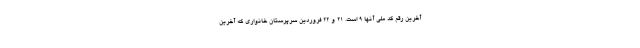
آخرین رقم کد ملی آنها ۹ است. ۲۱ و ۲۲ فروردین سرپرستان خانواری که آخرین